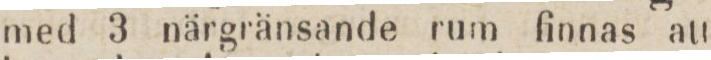
med 3 närgränsande rum finnas att